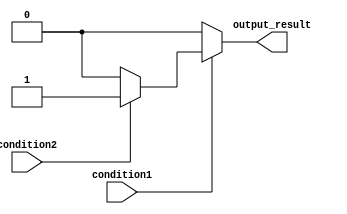
module nested_if_else (
    input wire condition1,
    input wire condition2,
    output reg output_result
);

always @ (*) begin
    if (condition1) begin
        if (condition2) begin
            output_result <= 1;
        end else begin
            output_result <= 0;
        end
    end else begin
        output_result <= 0;
    end
end

endmodule